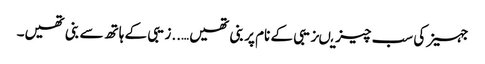
جہیز کی سب چیزیںزیبی کے نام پر بنی تھیں…..زیبی کے ہاتھ سے بنی تھیں۔